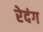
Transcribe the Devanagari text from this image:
रेदंग